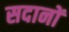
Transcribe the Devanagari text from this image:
सदानों